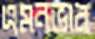
এমনভাব